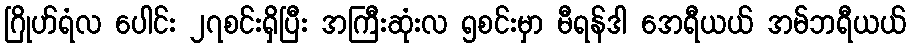
ဂြိုဟ်ရံလ ပေါင်း ၂၇စင်းရှိပြီး အကြီးဆုံးလ ၅စင်းမှာ မီရန်ဒါ အေရီယယ် အမ်ဘရီယယ်